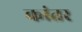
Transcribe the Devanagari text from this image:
कांतर